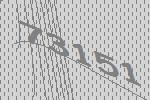
73151